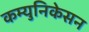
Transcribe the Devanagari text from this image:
कम्युनिकेसन